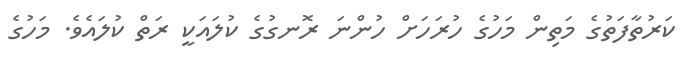
ކަރުތާފަތުގެ މަތިން މަހުގެ ހުރަހަށް ހުންނަ ރޮނގުގެ ކުލައަކީ ރަތް ކުލައެވެ. މަހުގެ